Distribution and causation of leprosy in British India
Year: 1875
Disease focus: Leprosy
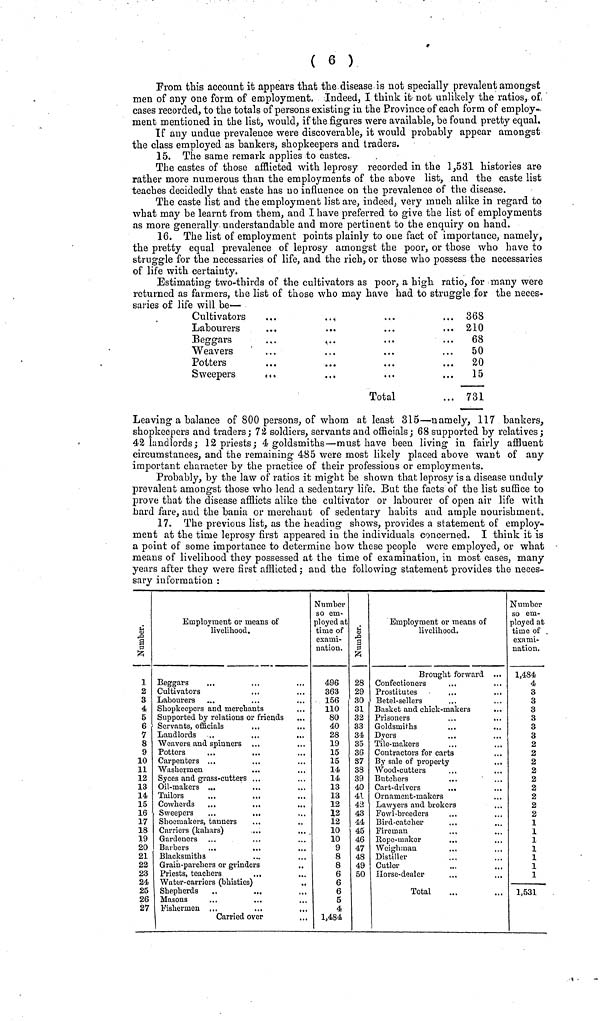
( 6 )
Prom this account it appears that the disease is not specially prevalent amongst
men of any one form of employment. Indeed, I think it not unlikely the ratios, of
cases recorded, to the totals of persons existing in the Province of each form of employ-
ment mentioned in the list, would, if the figures were available, be found pretty equal.
If any undue prevalence were discoverable, it would probably appear amongst
the class employed as bankers; shopkeepers and traders.
15. The same remark applies to castes.
The castes of those afflicted with leprosy recorded in the 1,531 histories are
rather more numerous than the employments of the above list, and the caste list
teaches decidedly that caste has 110 influence on the prevalence of the disease.
The caste list and the employment list are, indeed, very much alike in regard to
what may be learnt from them, and I have preferred to give the list of employments
as more generally understandable and more pertinent to the enquiry on hand.
16. The list of employment points plainly to one fact of importance, namely,
the pretty equal prevalence of leprosy amongst the poor, or those who have to
struggle for the necessaries of life, and the rich, or those who possess the necessaries
of life with certainty.
Estimating two-thirds of the cultivators as poor, a high ratio, for many were
returned as farmers, the list of those who may have had to struggle for the neces-
saries of life will be—
Cultivators
Labourers
Beggars
Weavers
Potters
Sweepers
• * •
• ••
• • •
...
...
...
...
Total
... 368
... 210
...
68
50
... 20
15
... 731
Leaving a balance of 800 persons, of whom at least 315—namely, 117 bankers,
shopkeepers and traders; 72 soldiers, servants and officials,- 68 supported by relatives;
42 landlords; 12 priests; 4 goldsmiths—must have been living in fairly affluent
circumstances, and the remaining 485 were most likely placed above want of any
important character by the practice of their professions or employments.
Probably, by the law of ratios it might be shown that leprosy is a disease unduly
prevalent amongst those who lead a sedentary life. But the facts of the list suffice to
prove that the disease afflicts alike the cultivator or labourer of open air life with
hard fare, and the bania or merchant of sedentary habits and ample nourishment.
17. The previous list, as the heading shows, provides a statement of employ-
ment at the time leprosy first appeared in the individuals concerned. I think it is
a point of some importance to determine how these people were employed, or what
means of livelihood they possessed at the time of examination, in most cases, many
years after they were first afflicted; and the following statement provides the neces-
sary information :
1
2
3
4
5
6
7
8
9
10
11
12
13
14
15
16
17
18
19
20
21
22
23
24
25
26
27
Employment or means of
livelihood.
Beggars
...
Cultivators
Labourers
Shopkeepers and merchants
Supported by relations or friends
Servants, officials
Landlords ..
...
...
Weavers and spinners
Potters
Carpenters ...
Washermen
Syces and grass-cutters ...
Oil-makers ...
Tailors
...
...
...
Cowherds
Sweepers
...
...
Shoemakers, tanners
Carriers (kahars)
Gardeners
Barbers
,.,
...
Blacksmiths
Grain-parchers or grinders
Priests, teachers
..,
Water-carriers (bhisties)
Shepherds
..
Masons
Fishermen ...
Carried over
Number
so em-
ployed at
time of
exami-
nation.
496
363
156
110
80
40
28
19
15
15
14
14
13
13
12
12
12
10
10
9
8
8
6
6
6
5
4
1,484
28
29
30
31
32
33
34
35
36
37
38
39
40
41
43
43
44
45
46
47
48
49
50
Employment or means of
livelihood.
Brought forward ...
Confectioners
Prostitutes
Betel-sellers
Basket and chick-makers
...
Prisoners
Goldsmiths
Dyers
...
Tile-makers
Contractors for carts
By sale of property
Wood-cutters
Butchers
Cart-drivers
Ornament-makers
Lawyers and brokers
Fowl -breeders
Bird-catcher
Fireman
...
Rope-maker
...
Weighman
Distiller
Cutler
Horse-dealer
...
Total
Number
so em-
ployed at
time of
exami-
nation.
1,484
4
3
3
3
3
3
3
2
2
2
2
2
2
2
2
2
1
1
1
1
1
1
1
—
1,531